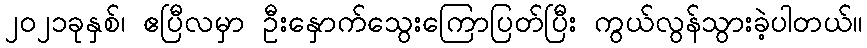
၂၀၂၁ခုနှစ်၊ ဧပြီလမှာ ဦးနှောက်သွေးကြောပြတ်ပြီး ကွယ်လွန်သွားခဲ့ပါတယ်။